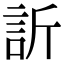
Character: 訢